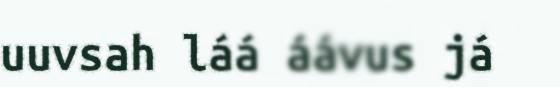
uuvsah láá áávus já